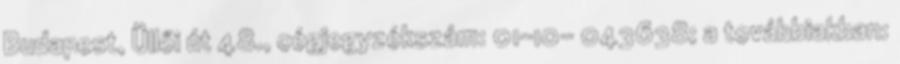
Budapest, Üllői út 48., cégjegyzékszám: 01-10- 043638; a továbbiakban: